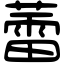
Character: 蕾